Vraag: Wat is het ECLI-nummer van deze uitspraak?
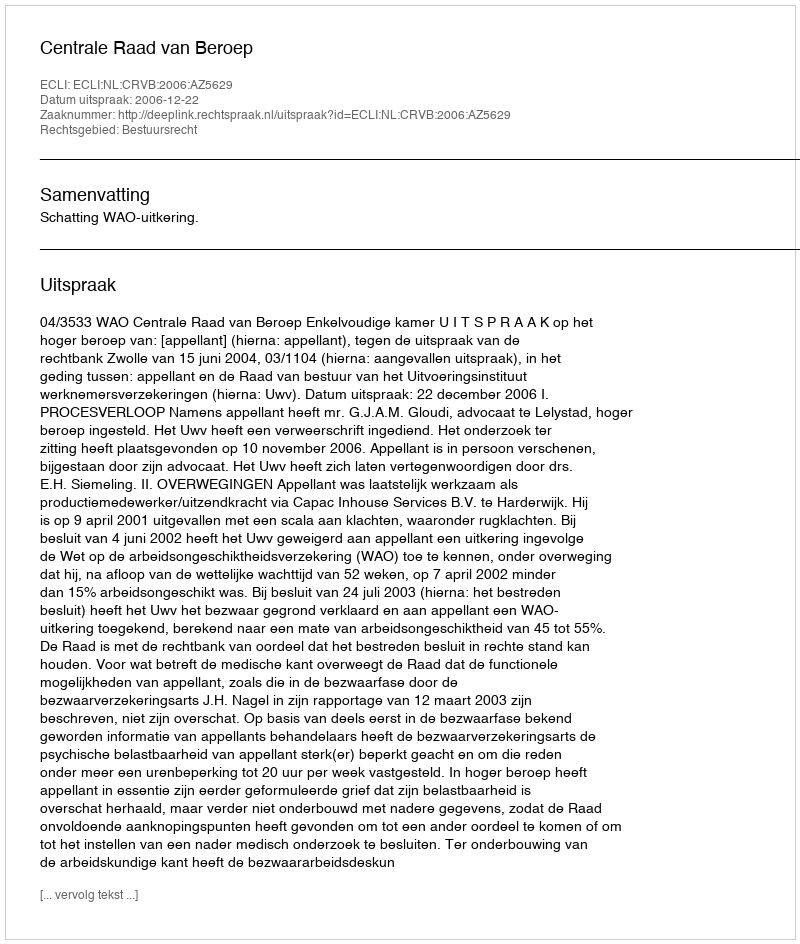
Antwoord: ECLI:NL:CRVB:2006:AZ5629